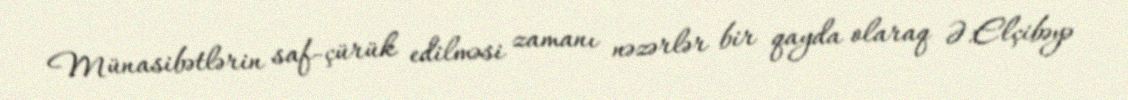
Münasibətlərin saf-çürük edilməsi zamanı nəzərlər bir qayda olaraq Ə.Elçibəyə